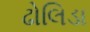
ઢોલિડા